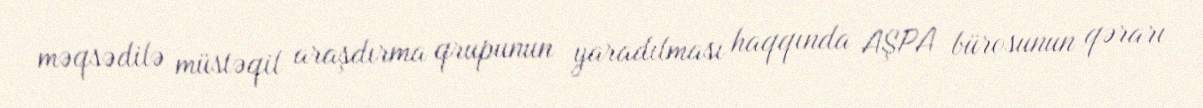
məqsədilə müstəqil araşdırma qrupunun yaradılması haqqında AŞPA bürosunun qərarı